Report of the Indian Hemp Drugs Commission, 1894-1895 - Volume IV
Year: 1894
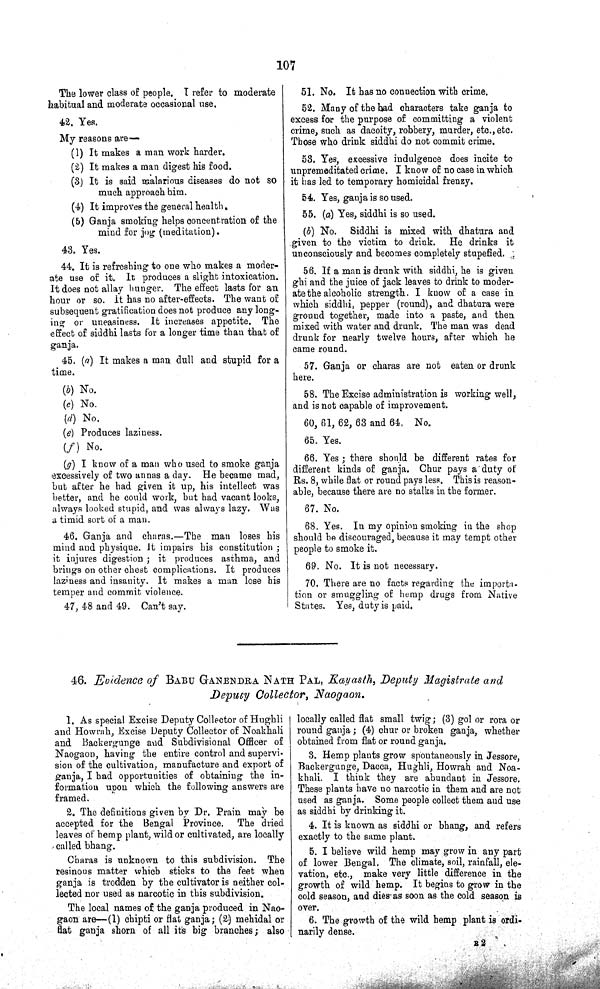
107
The lower class of people. I refer to moderate
habitual and moderate occasional use.
42. Yes.
My reasons are—
(1) It makes a man work harder.
(2) It makes a man digest his food.
(3) It is said malarious diseases do not so
much approach him.
(4) It improves the general health.
(5) Ganja smoking helps concentration of the
mind for jog (meditation).
43. Yes.
44. It is refreshing to one who makes a moder¬
ate use of it. It produces a slight intoxication.
It does not allay hunger. The effect lasts for an
hour or so. It has no after-effects. The want of
subsequent gratification does not produce any long¬
ing or uneasiness. It increases appetite. The
effect of siddhi lasts for a longer time than that of
ganja.
45. (a) It makes a man dull and stupid for a
time.
(b) No.
(c) No.
(d) No.
(e) Produces laziness.
(f) No.
(g) I know of a man who used to smoke ganja
excessively of two annas a day. He became mad,
but after he had given it up, his intellect was
better, and he could work, but had vacant looks,
always looked stupid, and was always lazy. Was
a timid sort of a man.
46. Ganja and charas.—The man loses his
mind and physique. It impairs his constitution;
it injures digestion; it produces asthma, and
brings on other chest complications. It produces
laziness and insanity. It makes a man lose his
temper and commit violence.
47, 48 and 49. Can't say.
51. No. It has no connection with crime.
52. Many of the bad characters take ganja to
excess for the purpose of committing a violent
crime, such as dacoity, robbery, murder, etc., etc.
Those who drink siddhi do not commit crime.
53. Yes, excessive indulgence does incite to
unpremeditated crime. I know of no case in which
it has led to temporary homicidal frenzy.
54. Yes, ganja is so used.
55. (a) Yes, siddhi is so used.
(b) No. Siddhi is mixed with dhatura and
given to the victim to drink. He drinks it
unconsciously and becomes completely stupefied.
56. If a man is drunk with siddhi, he is given
ghi and the juice of jack leaves to drink to moder¬
ate the alcoholic strength. I know of a case in
which siddhi, pepper (round), and dhatura were
ground together, made into a paste, and then
mixed with water and drunk. The man was dead
drunk for nearly twelve hours, after which he
came round.
57. Ganja or charas are not eaten or drunk
here.
58. The Excise administration is working well,
and is not capable of improvement.
60, 61, 62, 63 and 64, No.
65. Yes.
66. Yes; there should be different rates for
different kinds of ganja. Chur pays a duty of
Rs. 8, while flat or round pays less. This is reason¬
able, because there are no stalks in the former.
67. No,
68. Yes. In my opinion smoking in the shop
should be discouraged, because it may tempt other
people to smoke it.
69. No. It is not necessary.
70. There are no facts regarding the importa¬
tion or smuggling of hemp drugs from Native
States. Yes, duty is paid,
46. Evidence of BABU GANENDRA NATH PAL, Kayasth, Deputy Magistrate and
Deputy Collector, Naogaon.
1. As special Excise Deputy Collector of Hughli
and Howrah, Excise Deputy Collector of Noakhali
and Backergunge and Subdivisional Officer of
Naogaon, having the entire control and supervi¬
sion of the cultivation, manufacture and export of
ganja, I had opportunities of obtaining the in¬
formation upon which the following answers are
framed.
2. The definitions given by Dr. Prain may be
accepted for the Bengal Province. The dried
leaves of hemp plant, wild or cultivated, are locally
called bhang.
Charas is unknown to this subdivision. The
resinous matter which sticks to the feet when
ganja is trodden by the cultivator is neither col¬
lected nor used as narcotic in this subdivision.
The local names of the ganja produced in Nao¬
gaon are—(1) chipti or flat ganja; (2) mehidal or
flat ganja shorn of all its big branches; also
locally called flat small twig; (3) gol or rora or
round ganja; (4) chur or broken ganja, whether
obtained from flat or round ganja.
3. Hemp plants grow spontaneously in Jessore,
Backergunge, Dacca, Hughli, Howrah and Noa¬
khali. I think they are abundant in Jessore.
These plants have no narcotic in them and are not
used as ganja. Some people collect them and use
as siddhi by drinking it.
4. It is known as siddhi or bhang, and refers
exactly to the same plant.
5. I believe wild hemp may grow in any part
of lower Bengal. The climate, soil, rainfall, ele¬
vation, etc., make very little difference in the
growth of wild hemp. It begins to grow in the
cold season, and dies as soon as the cold season is
over.
6. The growth of the wild hemp plant is ordi¬
narily dense.
R 2